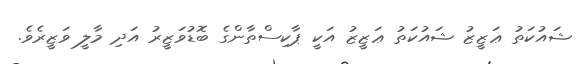
ޝައުކަތު ޢަޒީޒު ޝައުކަތު ޢަޒީޒު އަކީ ޕާކިސްތާންގެ ބޮޑުވަޒީރު އަދި މާލީ ވަޒީރެވެ.